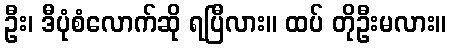
ဦး၊ ဒီပုံစံလောက်ဆို ရပြီလား။ ထပ် တိုဦးမလား။